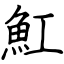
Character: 魟